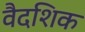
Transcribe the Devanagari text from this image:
वैदशिक